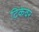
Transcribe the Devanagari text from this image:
टिकेवर